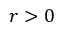
r > 0